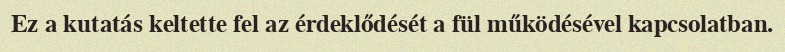
Ez a kutatás keltette fel az érdeklődését a fül működésével kapcsolatban.